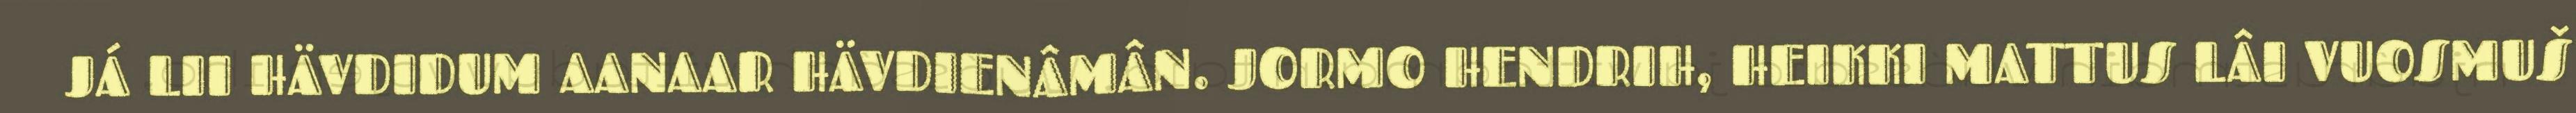
JÁ LII HÄVDIDUM AANAAR HÄVDIENÂMÂN. JORMO HENDRIH, HEIKKI MATTUS LÂI VUOSMUŠ